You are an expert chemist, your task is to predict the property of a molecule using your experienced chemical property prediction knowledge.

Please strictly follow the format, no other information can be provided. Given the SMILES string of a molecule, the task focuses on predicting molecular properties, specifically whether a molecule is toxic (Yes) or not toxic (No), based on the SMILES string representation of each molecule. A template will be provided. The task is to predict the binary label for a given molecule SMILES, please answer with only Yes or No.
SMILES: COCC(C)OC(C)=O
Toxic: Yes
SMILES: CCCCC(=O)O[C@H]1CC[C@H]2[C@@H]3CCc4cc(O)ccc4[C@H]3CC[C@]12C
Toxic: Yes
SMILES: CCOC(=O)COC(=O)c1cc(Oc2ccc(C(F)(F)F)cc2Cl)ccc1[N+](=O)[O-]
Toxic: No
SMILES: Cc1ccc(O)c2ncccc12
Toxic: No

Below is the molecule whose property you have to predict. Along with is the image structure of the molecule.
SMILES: CCC(=O)OCC(=O)[C@@]1(OC(=O)CC)[C@@H](C)C[C@H]2[C@@H]3CCC4=CC(=O)C=C[C@]4(C)[C@@]3(Cl)[C@@H](O)C[C@@]21C
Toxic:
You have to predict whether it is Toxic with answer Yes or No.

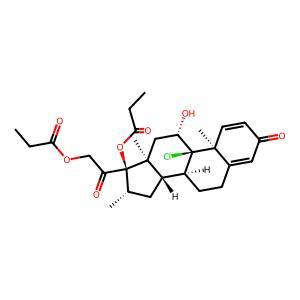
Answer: Yes